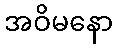
အဝိမနော